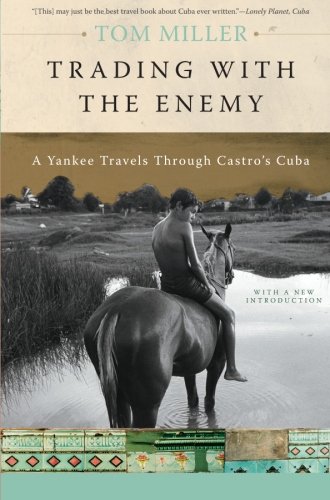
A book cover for Trading with the Enemy: A Yankee Travels Through Castro's Cuba; Tom Miller; Law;